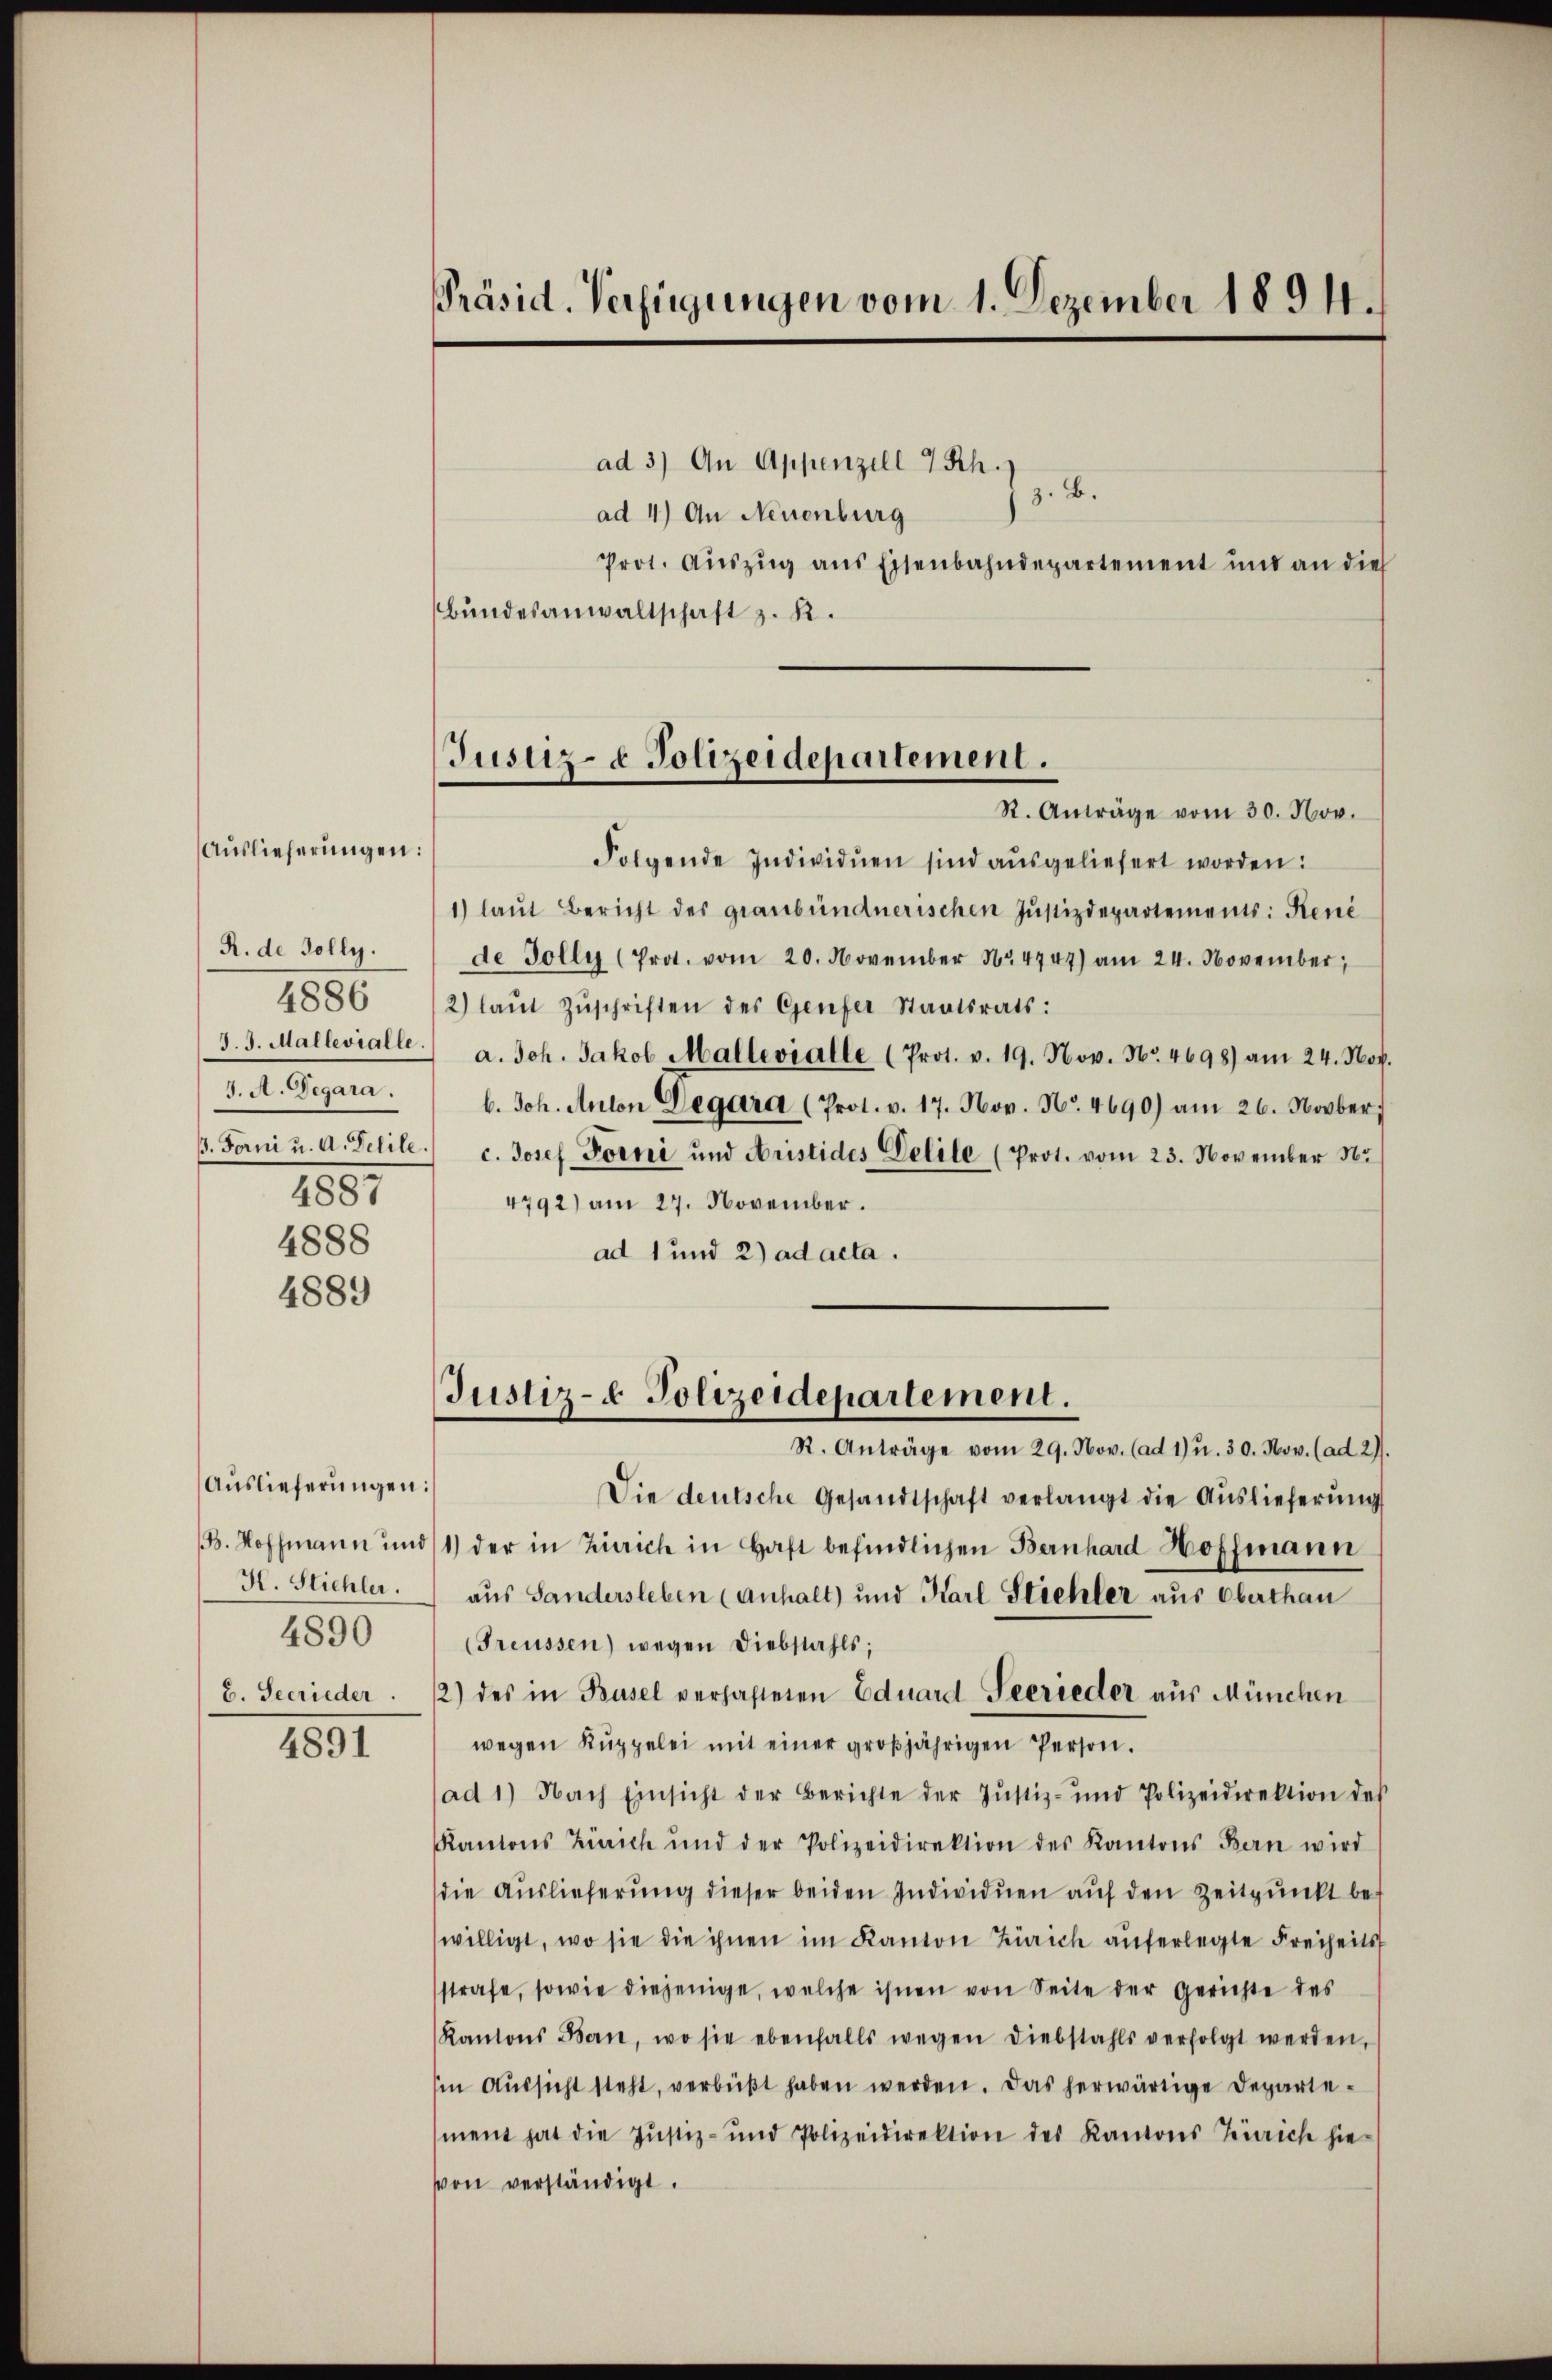
R. de Golly.
4886
J. A. Gegara.
4887
4888

Auslieferungen:

4889

Aŭslieferŭngen:
H. Stichler.
4890
b. Secrieder

1891

Präsid. Verfügungen vom 1. Dezember 1894.

Justiz- & Polizeidepartement.
R. Anträge vom 30. Nov.

ad 3) An Appenzell 7 Rh.)
z. B.
ad 4) An Neuenburg
Prot. Auszug aus Eisenbahndepartement und an die
Bundesanwaltschaft z. K.
Folgende Individuen sind ausgeliefert worden:
1) laut Bericht des graubündnerischen Justizdepartements: René
de Golly (Prot. vom 20. November 14747) am 24. November,
2) laŭt Zŭschriften des Genfer Staatsrats:
d. 3. Mallevialle a. Joh. Jakob Mallevialle (Prot. v. 19. Nov. Nr. 4698) am 24. Nov.
b. Joh. Anton Degara (Prot. v. 17. Nov. No. 4690) am 26. Novber
. Forni u. a. Delile) c. Josef Forni und Aristides Delile (Prot. vom 23. November 185
4792) am 27. November.
ad 1 und 2) ad acta.
Justiz- & Polizeidepartement.
R. Anträge vom 29. Nov. (ad 1) u. 30. Nov. (ad 2).
Die deutsche Gesandtschaft verlangt die Auslieferung
. Hoffmann und 1) der in Zürich in Haft befindlichen Bernhard Hoffmann
aus Sandersleben (anhalt) und Karl Strehler aus Oberthan
(Treussen) wegen Diebstahls,
2) des in Basel verhaltenen Eduard Secrieder aus München
wegen Rŭppelei mit einer großjährigen Person.
ad 1) Nach Einsicht der Berichte der Justiz- und Polizeidirektion des
Kantons Zürich und der Polizeidirektion des Kantons Bern wird
die Auslieferŭng dieser beiden Individuen aŭf den Zeitpunkt bei
willigt, wo sie die ihnen im Kanton Zürich auferlegte Freiheits
strafe, sowie diejenige, welche ihnen von Seite der Gerichte des
Kantons Bern, wo sie ebenfalls wegen diebstahls verfolgt werden,
sin Aussicht steht, verbüßt haben werden. Das herwärtige Departement hat die Justiz- und Polizeidirektion des Kantons Zürich hie-
von verständigt.